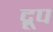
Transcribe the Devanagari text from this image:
द्रूप